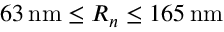
6 3 \, \mathrm { { n m } } \le R _ { n } \le 1 6 5 \, \mathrm { { n m } }